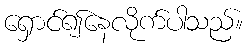
ရှောင်၍နေလိုက်ပါသည်။